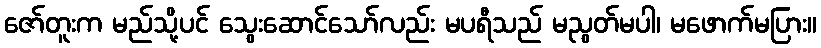
ဇော်တူးက မည်သို့ပင် သွေးဆောင်သော်လည်း မပရီသည် မညွတ်မပါ၊ မဖောက်မပြား။